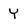
Character: Y